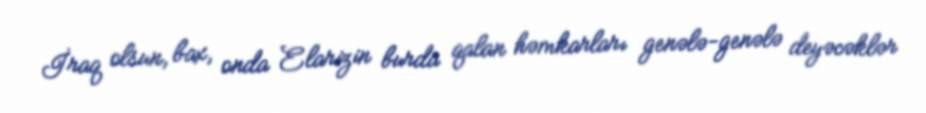
İraq olsun, bax, onda Elarizin burda qalan həmkarları genələ-genələ deyəcəklər